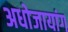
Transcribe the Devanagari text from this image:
अधोजायांग